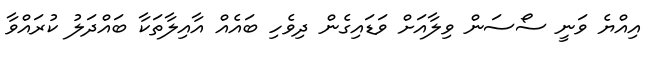
އިއްޔެ ވަނީ ސޯސަން ވިލާއަށް ވަޑައިގެެން ދިވެހި ބައެއް އާއިލާތަކާ ބައްދަލު ކުރައްވާ